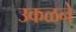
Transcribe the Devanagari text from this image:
उकळने